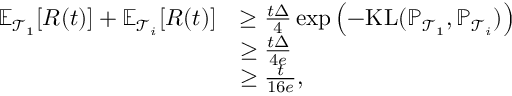
\begin{array} { r l } { \mathbb { E } _ { \mathcal { T } _ { 1 } } [ R ( t ) ] + \mathbb { E } _ { \mathcal { T } _ { i } } [ R ( t ) ] } & { \ge \frac { t \Delta } { 4 } \exp \left( - \mathrm { K L } ( \mathbb { P } _ { \mathcal { T } _ { 1 } } , \mathbb { P } _ { \mathcal { T } _ { i } } ) \right) } \\ & { \ge \frac { t \Delta } { 4 e } } \\ & { \ge \frac { t } { 1 6 e } , } \end{array}